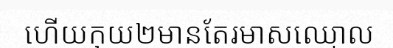
ហើយកុយ២មានតែរមាសឈ្មោល